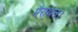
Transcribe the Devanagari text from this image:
मैराथन।